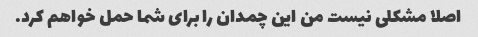
اصلا مشکلی نیست من این چمدان را برای شما حمل خواهم کرد.